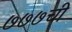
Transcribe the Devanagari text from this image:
७७७ची